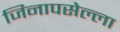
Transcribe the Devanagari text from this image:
जिनापसेल्ला